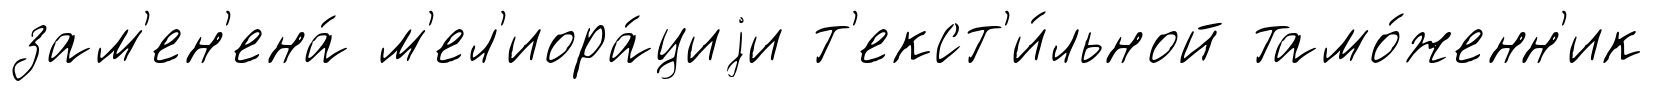
зам'ен'ена́ м'ел'иора́циjи т'екст'и́льной тамо́женн'ик